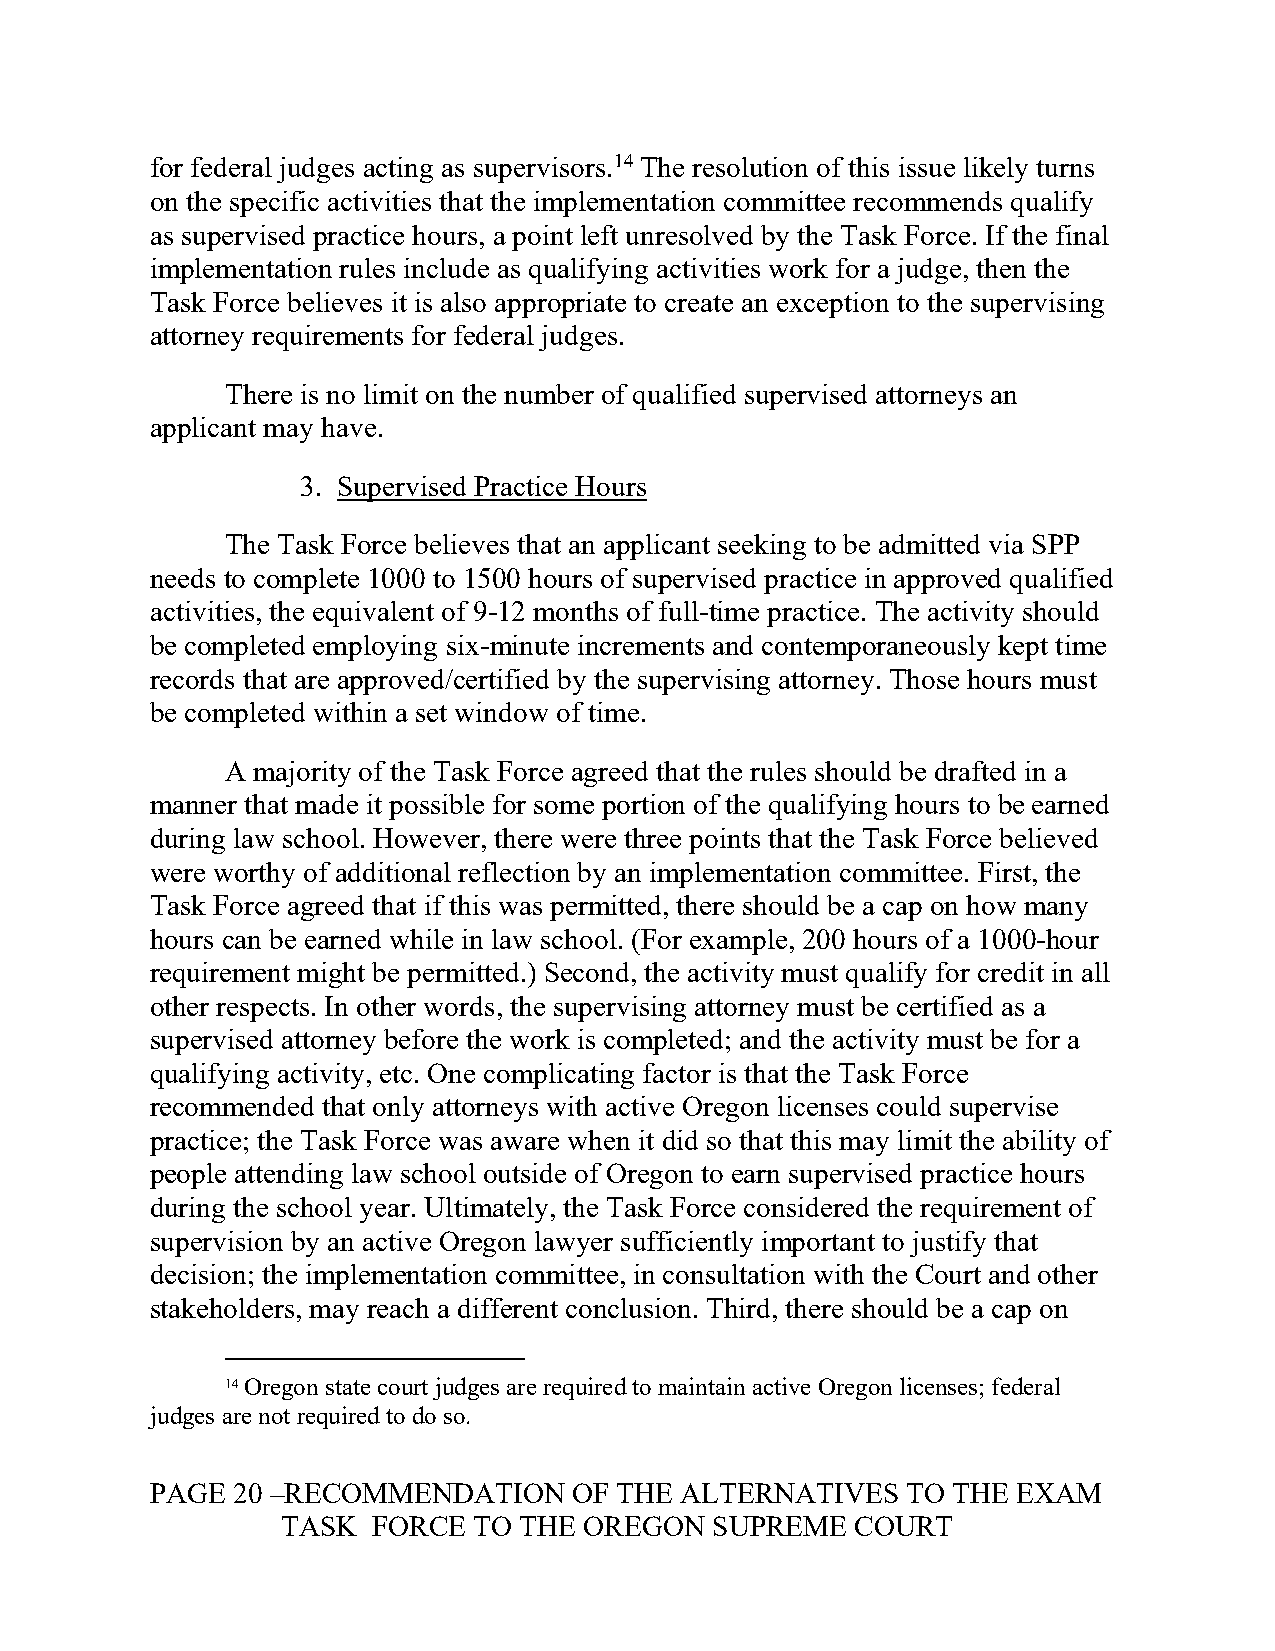
for federal judges acting as supervisors.14 The resolution of this issue likely turns
 on the specific activities that the implementation committee recommends qualify
 as supervised practice hours, a point left unresolved by the Task Force. If the final
 implementation rules include as qualifying activities work for a judge, then the
 Task Force believes it is also appropriate to create an exception to the supervising
 attorney requirements for federal judges.
 There is no limit on the number of qualified supervised attorneys an
 applicant may have.
 3. Supervised Practice Hours
 The Task Force believes that an applicant seeking to be admitted via SPP
 needs to complete 1000 to 1500 hours of supervised practice in approved qualified
 activities, the equivalent of 9-12 months of full-time practice. The activity should
 be completed employing six-minute increments and contemporaneously kept time
 records that are approved/certified by the supervising attorney. Those hours must
 be completed within a set window of time.
 A majority of the Task Force agreed that the rules should be drafted in a
 manner that made it possible for some portion of the qualifying hours to be earned
 during law school. However, there were three points that the Task Force believed
 were worthy of additional reflection by an implementation committee. First, the
 Task Force agreed that if this was permitted, there should be a cap on how many
 hours can be earned while in law school. (For example, 200 hours of a 1000-hour
 requirement might be permitted.) Second, the activity must qualify for credit in all
 other respects. In other words, the supervising attorney must be certified as a
 supervised attorney before the work is completed; and the activity must be for a
 qualifying activity, etc. One complicating factor is that the Task Force
 recommended that only attorneys with active Oregon licenses could supervise
 practice; the Task Force was aware when it did so that this may limit the ability of
 people attending law school outside of Oregon to earn supervised practice hours
 during the school year. Ultimately, the Task Force considered the requirement of
 supervision by an active Oregon lawyer sufficiently important to justify that
 decision; the implementation committee, in consultation with the Court and other
 stakeholders, may reach a different conclusion. Third, there should be a cap on
 14 Oregon state court judges are required to maintain active Oregon licenses; federal
 judges are not required to do so.
 PAGE 20 –RECOMMENDATION     OF THE ALTERNATIVES   TO THE EXAM
 TASK  FORCE TO THE  OREGON  SUPREME   COURT